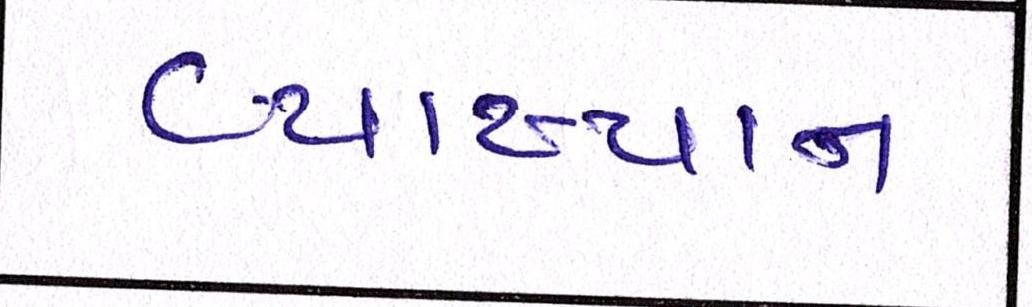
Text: વ્યાખ્યાન